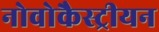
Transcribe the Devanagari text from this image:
नोवोकैस्ट्रीयन